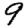
Digit: 9